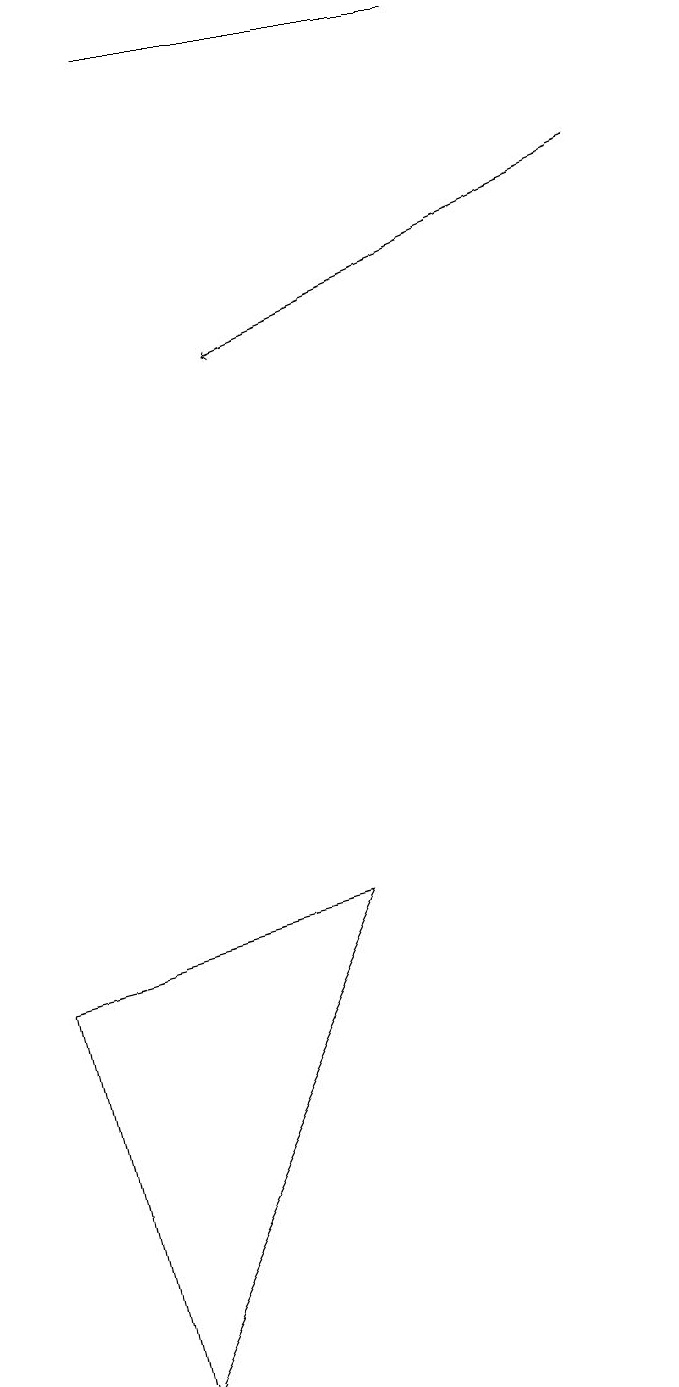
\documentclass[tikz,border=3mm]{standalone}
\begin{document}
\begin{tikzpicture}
\draw (3,18) rectangle (7,18);
\draw (1,6) -- (2,1) -- (5,7) -- cycle;
\draw[->] (9,16) -- (4,14);
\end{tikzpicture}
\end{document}